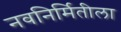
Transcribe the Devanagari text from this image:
नवनिर्मितीला